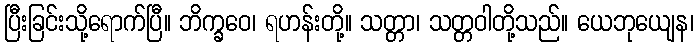
ပြီးခြင်းသို့ရောက်ပြီ။ ဘိက္ခဝေ၊ ရဟန်းတို့။ သတ္တာ၊ သတ္တဝါတို့သည်။ ယေဘုယျေန၊